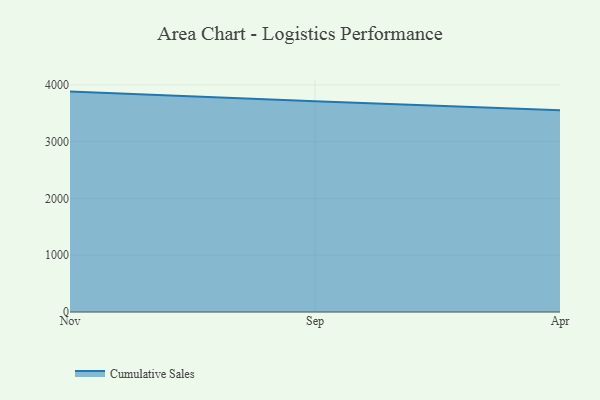
{"axis": {"x": "Month", "y": "Page Views"}, "legend": ["Cumulative Sales"], "data": [{"x": "Nov", "y": 3881.8, "type": "Cumulative Sales"}, {"x": "Sep", "y": 3710.0, "type": "Cumulative Sales"}, {"x": "Apr", "y": 3555.4, "type": "Cumulative Sales"}]}